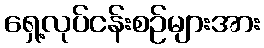
ရှေ့လုပ်ငန်းစဉ်များအား